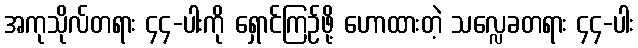
အကုသိုလ်တရား ၄၄-ပါးကို ရှောင်ကြဉ်ဖို့ ဟောထားတဲ့ သလ္လေခတရား ၄၄-ပါး